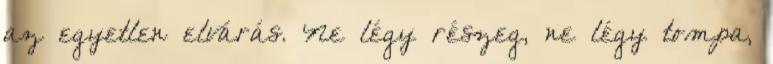
az egyetlen elvárás. Ne légy részeg, ne légy tompa,